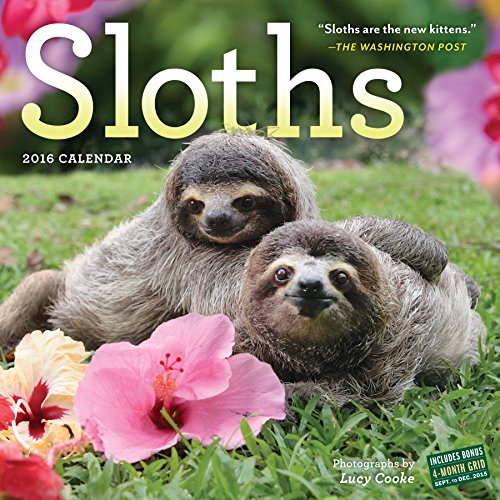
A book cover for Sloths Wall Calendar 2016; Lucy Cooke; Calendars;